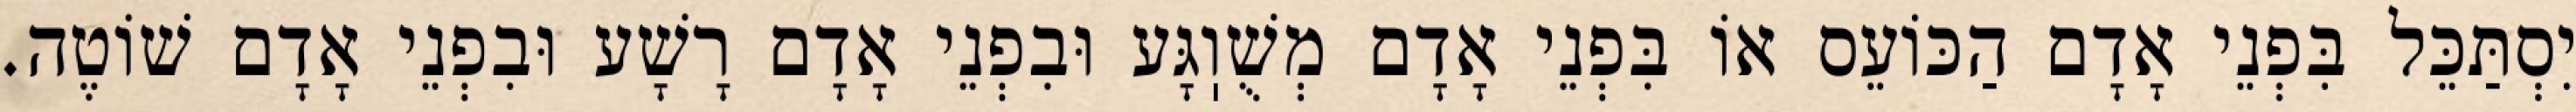
יִסְתַּכֵּל בִּפְנֵי אָדָם הַכּוֹעֵס אוֹ בִּפְנֵי אָדָם מְשֻׁוֽגָּע וּבִפְנֵי אָדָם רָשָׁע וּבִפְנֵי אָדָם שׁוֹטֶה.